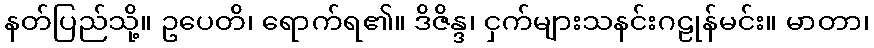
နတ်ပြည်သို့။ ဥပေတိ၊ ရောက်ရ၏။ ဒိဇိန္ဒ၊ ငှက်များသနင်းဂဠုန်မင်း။ မာတာ၊